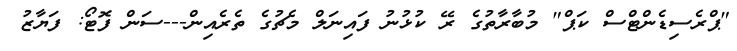
"ޕްރެސިޑެންޓްސް ކަޕް" މުބާރާތުގެ ރޭ ކުޅުނު ފައިނަލް މެޗުގެ ތެރެއިން---ސަން ފޮޓޯ: ފަޔާޒު